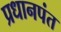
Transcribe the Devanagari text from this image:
प्रधानपंत